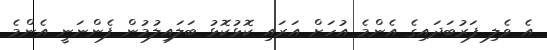
އެ ވެލި ފަރުބަދައިގެ އެންމެ އުހަށް އަރައި ކޮޅުކޮޅު ބަލައިލުމުން ފެންނަނީ އެންމެ